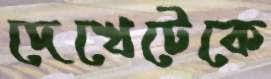
দেখেটেকে